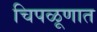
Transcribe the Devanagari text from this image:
चिपळूणात